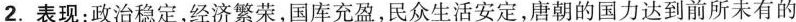
2.表现：政治稳定，经济繁荣，国库充盈，民众生活安定，唐朝的国力达到前所未有的